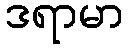
ဒရာမာ